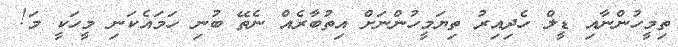
ތިމީހުންނާއި ޑީލް ހެދިއިރު ތިޔަމީހުންނަށް އިތުބާރެއް ނެތޭ ބުނި ހަމައެކަނި މީހަކީ މަ!